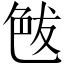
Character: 𦫘